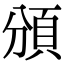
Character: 頒